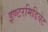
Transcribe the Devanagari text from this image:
इण्टरमिडियेट